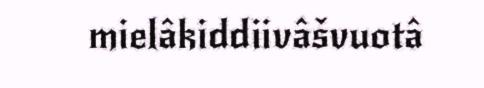
mielâkiddiivâšvuotâ